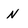
Character: n